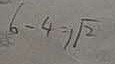
6 - 4 = \sqrt { 2 }